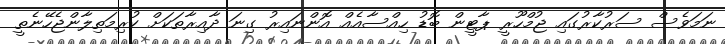
ނަމަވެސް ސަރުކާރުގައި ޖުމްހޫރީ ޕާޓީން ބޮޑު ހިއްސާއެއް އޮންނައިރު ގިނަ ދާއިރާތަކަށް ކުރިމަތިލާންޖެހޭނެތީ